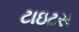
ટાઇટસ